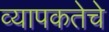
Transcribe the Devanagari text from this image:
व्यापकतेचे